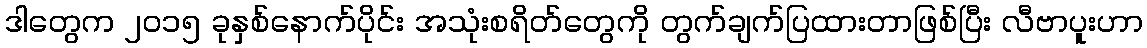
ဒါတွေက ၂၀၁၅ ခုနှစ်နောက်ပိုင်း အသုံးစရိတ်တွေကို တွက်ချက်ပြထားတာဖြစ်ပြီး လီဗာပူးဟာ